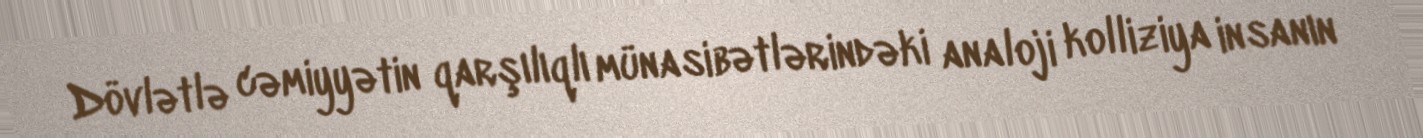
Dövlətlə cəmiyyətin qarşılıqlı münasibətlərindəki analoji kolliziya insanın